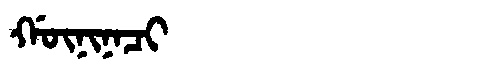
Manchu: ᡤᡡᠨᡳᠨᠠᠴᡳ
Romanization: GŪNINACI